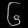
Digit: ၆